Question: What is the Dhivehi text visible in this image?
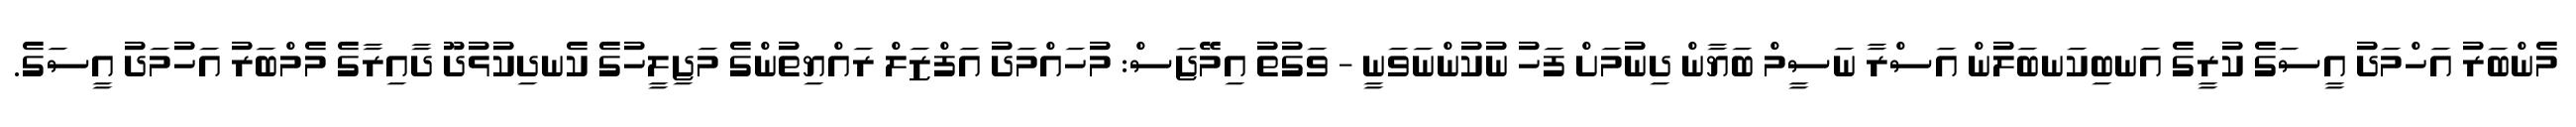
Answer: މެންބަރު އަހްމަދު އީސަގެ ކުރީގެ އަނބިކަނބަލުން އަސްރާ ނަސީމް ބަޔާން ދިނުމަށް ފަހު ނުކުންނަވަނީ - ވަގުތު އިމޭޖަސް: މުހައްމަދު އަފްޒަލް ރައްޔިތުންގެ މަޖިލީހުގެ ކެނދިކުޅުދޫ ދާއިރާގެ މެމްބަރު އަހުމަދު އީސަގެ.